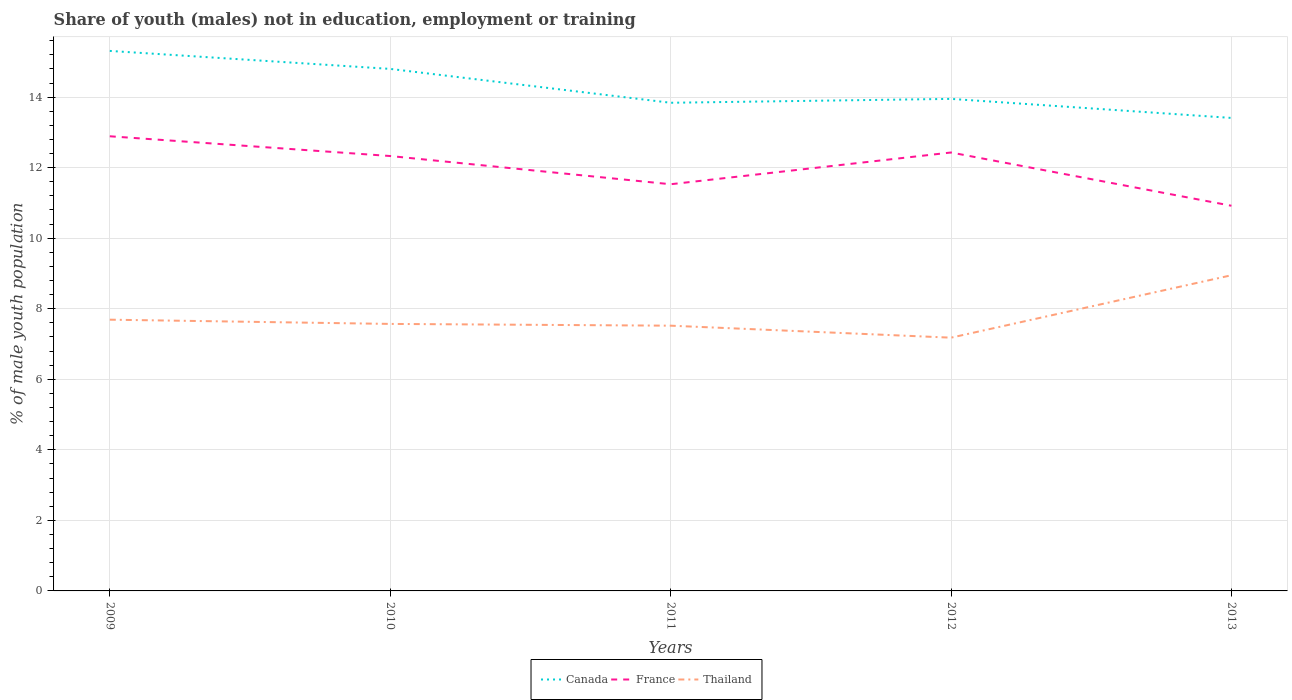
| Years | Canada | France | Thailand |
 | --- | --- | --- | --- |
 | 2009 | 15.3 | 12.9 | 7.69 |
 | 2010 | 14.8 | 12.3 | 7.57 |
 | 2011 | 13.8 | 11.5 | 7.52 |
 | 2012 | 13.9 | 12.4 | 7.18 |
 | 2013 | 13.4 | 10.9 | 8.95 |